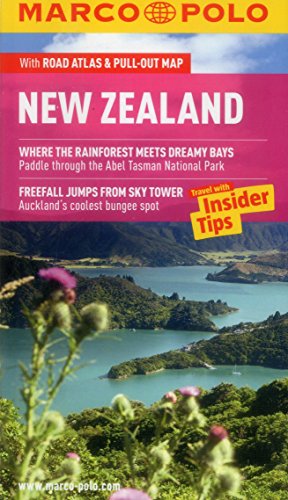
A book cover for New Zealand Marco Polo Guide (Marco Polo Guides); Marco Polo Travel; Travel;